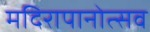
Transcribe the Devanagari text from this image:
मदिरापानोत्सव